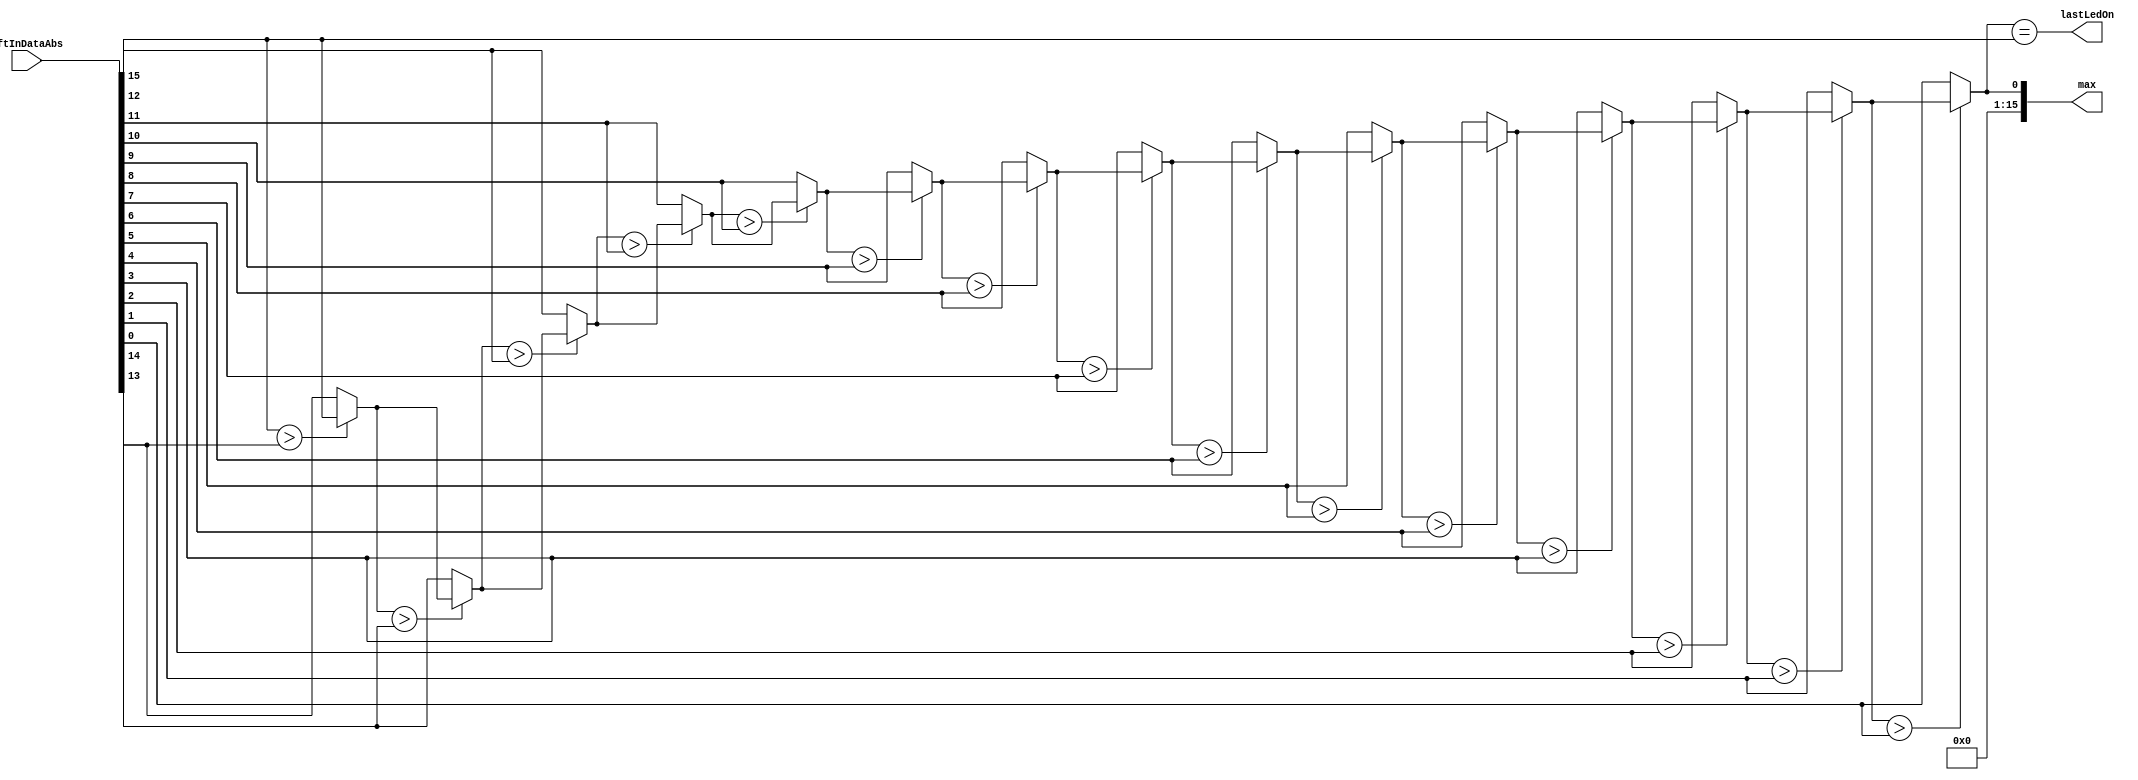
module MaxFinder (
  input [15:0] fftInDataAbs,
  output reg [15:0] max,
  output reg lastLedOn
);

  always @* begin
    max = (fftInDataAbs[15] > fftInDataAbs[14]) ? fftInDataAbs[15] : fftInDataAbs[14];
    max = (max > fftInDataAbs[13]) ? max : fftInDataAbs[13];
    max = (max > fftInDataAbs[12]) ? max : fftInDataAbs[12];
    max = (max > fftInDataAbs[11]) ? max : fftInDataAbs[11];
    max = (max > fftInDataAbs[10]) ? max : fftInDataAbs[10];
    max = (max > fftInDataAbs[9]) ? max : fftInDataAbs[9];
    max = (max > fftInDataAbs[8]) ? max : fftInDataAbs[8];
    max = (max > fftInDataAbs[7]) ? max : fftInDataAbs[7];
    max = (max > fftInDataAbs[6]) ? max : fftInDataAbs[6];
    max = (max > fftInDataAbs[5]) ? max : fftInDataAbs[5];
    max = (max > fftInDataAbs[4]) ? max : fftInDataAbs[4];
    max = (max > fftInDataAbs[3]) ? max : fftInDataAbs[3];
    max = (max > fftInDataAbs[2]) ? max : fftInDataAbs[2];
    max = (max > fftInDataAbs[1]) ? max : fftInDataAbs[1];
    max = (max > fftInDataAbs[0]) ? max : fftInDataAbs[0];
	 
	 lastLedOn = (max == fftInDataAbs[15]);
  end

endmodule